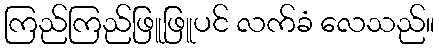
ကြည်ကြည်ဖြူဖြူပင် လက်ခံ လေသည်။